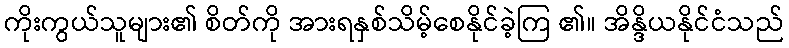
ကိုးကွယ်သူများ၏ စိတ်ကို အားရနှစ်သိမ့်စေနိုင်ခဲ့ကြ ၏။ အိန္ဒိယနိုင်ငံသည်